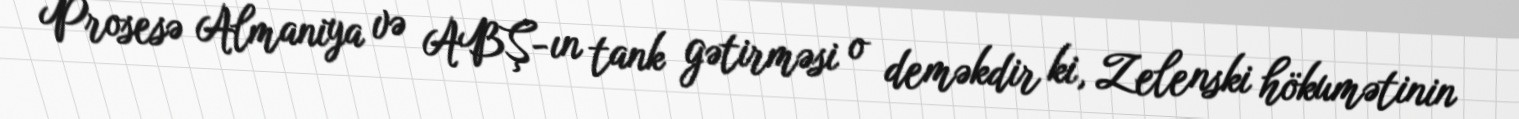
Prosesə Almaniya və ABŞ-ın tank gətirməsi o deməkdir ki, Zelenski hökumətinin